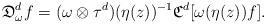
LaTeX: \begin{align*}\mathfrak{D}_{\omega}^df=(\omega\otimes\tau^d)(\eta(z))^{-1}\mathfrak{C}^d[\omega(\eta(z))f].\end{align*}